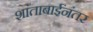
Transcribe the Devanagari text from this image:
शांताबाईंनंतर